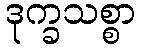
ဒုက္ခသစ္စာ